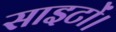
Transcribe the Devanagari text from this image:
साइटों।